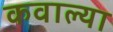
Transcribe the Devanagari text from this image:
कवाल्या